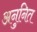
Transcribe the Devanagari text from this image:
अनुनित